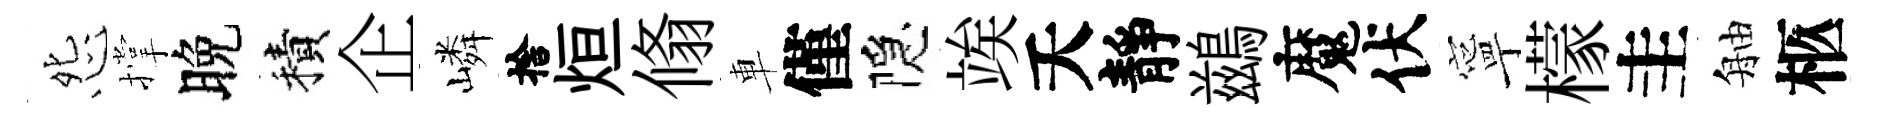
怨撑晚積企嶙捨烜翛車僅隠竢夭靜鷀魔伏寧檬圭舳柩